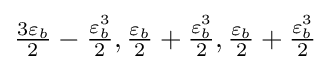
{\textstyle {\frac {3\varepsilon _{b}}{2}}-{\frac {\varepsilon _{b}^{3}}{2}},{\frac {\varepsilon _{b}}{2}}+{\frac {\varepsilon _{b}^{3}}{2}},{\frac {\varepsilon _{b}}{2}}+{\frac {\varepsilon _{b}^{3}}{2}}}